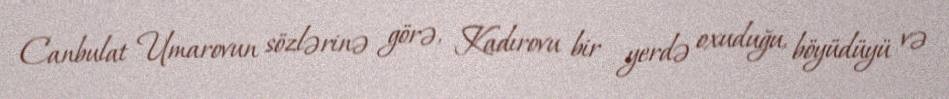
Canbulat Umarovun sözlərinə görə, Kadırovu bir yerdə oxuduğu, böyüdüyü və